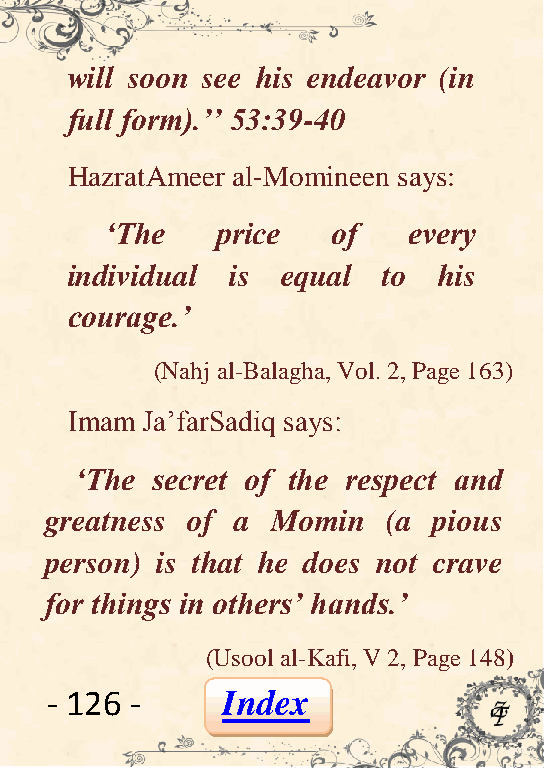
will soon see his endeavor (in
 full form).‟‟ 53:39-40
 HazratAmeer al-Momineen says:
 „The   price   of   every
 individual is  equal to  his
 courage.‟
 (Nahj al-Balagha, Vol. 2, Page 163)
 Imam Ja’farSadiq says:
 „The secret of the respect and
 greatness of a Momin   (a pious
 person) is that he does not crave
 for things in others‟ hands.‟
 (Usool al-Kafi, V 2, Page 148)
 - 126 -     Index